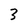
Character: 3